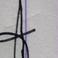
Signature authenticity: genuine